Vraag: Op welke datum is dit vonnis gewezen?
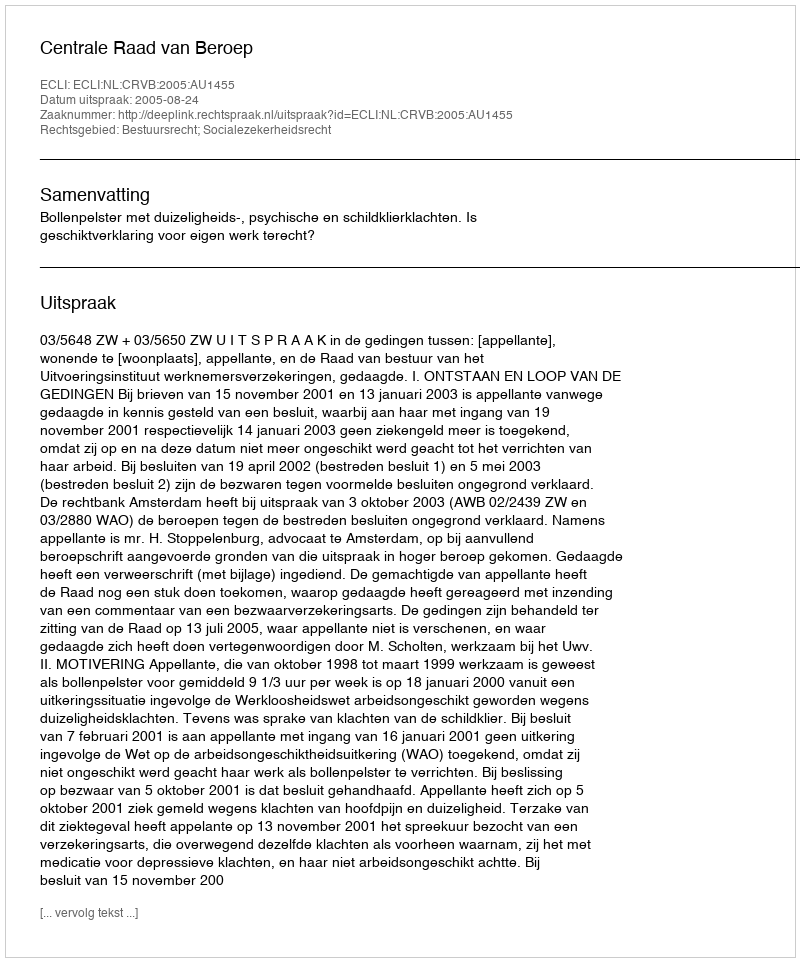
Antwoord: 2005-08-24